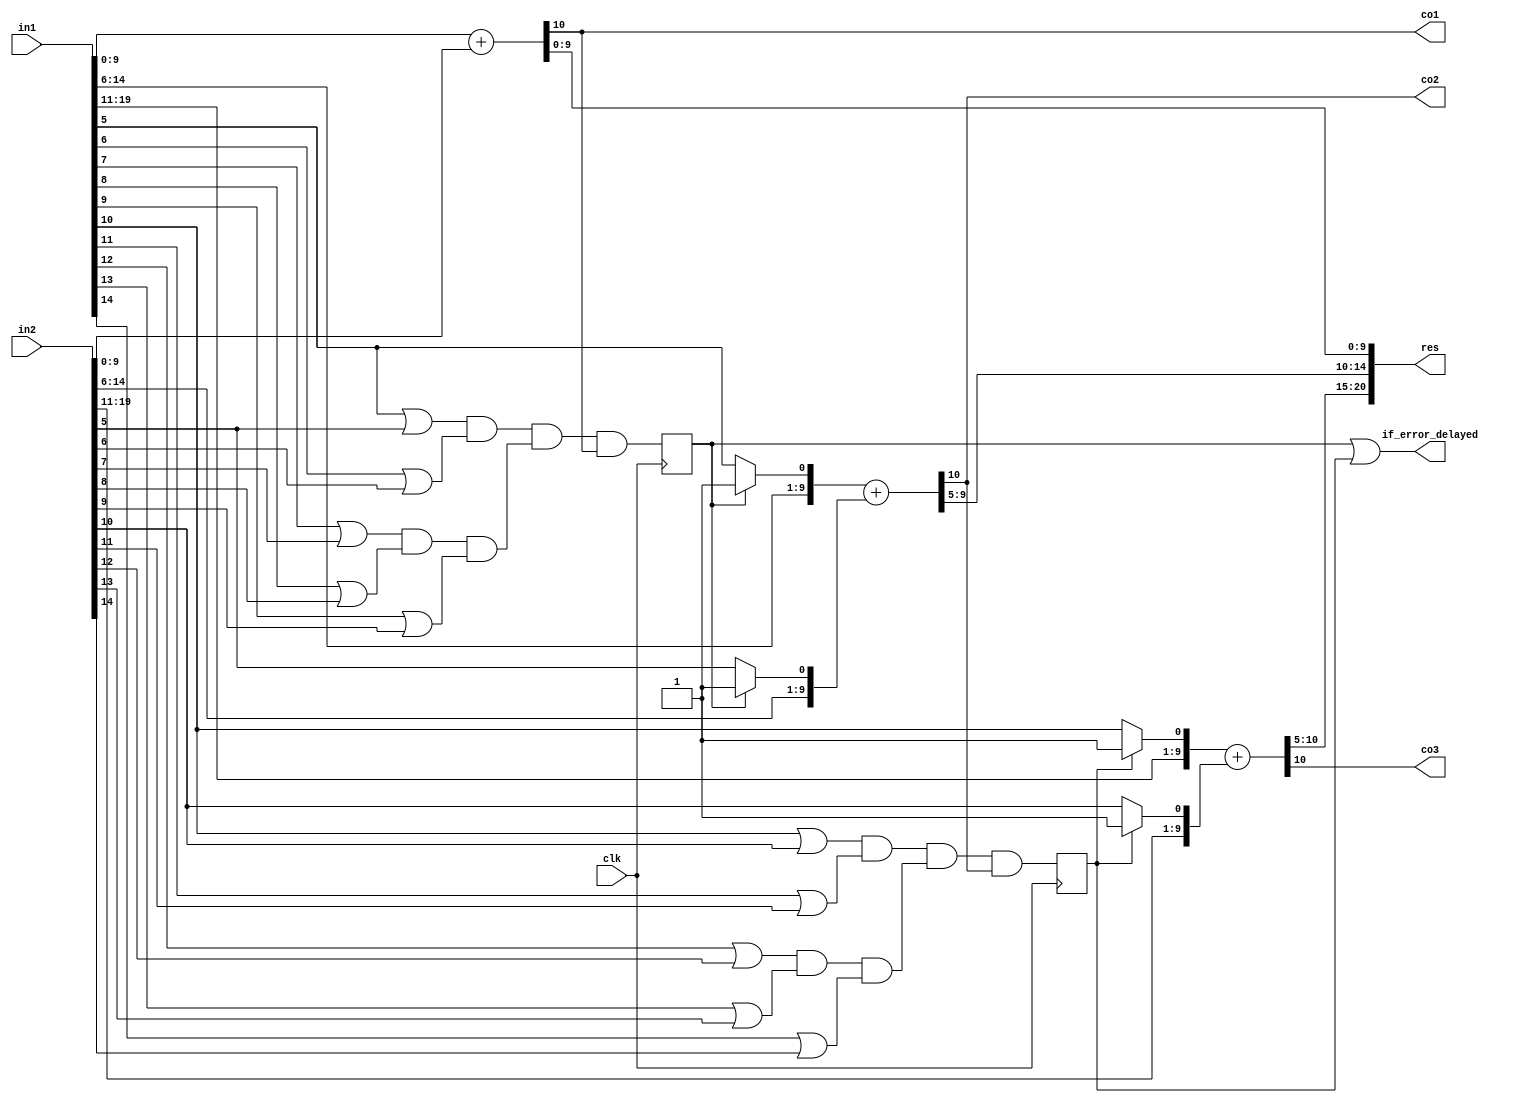
`timescale 1ns / 1ps
//////////////////////////////////////////////////////////////////////////////////
// Company: 
// Engineer: 
// 
// Create Date:    
// Design Name: 
// Module Name:    GeAr_N20_R5_P5_with_recovery 
// Project Name: 
// Target Devices: 
// Tool versions: 
// Description: 
//
// Dependencies: 
//
// Revision: 
// Revision 0.01 - File Created
// Additional Comments: 
//
//////////////////////////////////////////////////////////////////////////////////

module GeAr_N20_R5_P5_with_recovery(
	input 		       clk,
    input  		[19:0] in1,
    input  		[19:0] in2,
    output reg  [20:0] res,
	output  		   if_error_delayed,
	output reg		   co1,
	output reg		   co2,
	output reg		   co3
    );

reg if_error_delayed_1, if_error_delayed_2;
wire cp2,cp3,if_error,if_error_1,if_error_2;
wire p5,p6,p7,p8,p9,p5p6,p7p8,p7p8p9;
wire p10,p11,p12,p13,p14,p10p11,p12p13,p12p13p14;
reg [9:0] sum1,sum2,sum3;
wire [9:0] in1c,in2c,in1cc,in2cc;

or  or_1 (p5,in1[5],in2[5]);
or  or_2 (p6,in1[6],in2[6]);
or  or_3 (p7,in1[7],in2[7]);
or  or_4 (p8,in1[8],in2[8]);
or  or_5 (p9,in1[9],in2[9]);
and and_1(p5p6,p5,p6);
and and_2(p7p8,p7,p8);
and and_3(p7p8p9,p7p8,p9);
and and_4(cp2,p5p6,p7p8p9); 
and and_5(if_error_1,cp2,co1);

always @ (posedge clk)
begin
	if_error_delayed_1 <= if_error_1;
end

or  or_6 (p10,in1[10],in2[10]);
or  or_7 (p11,in1[11],in2[11]);
or  or_8 (p12,in1[12],in2[12]);
or  or_9 (p13,in1[13],in2[13]);
or  or_10 (p14,in1[14],in2[14]);
and and_6(p10p11,p10,p11);
and and_7(p12p13,p12,p13);
and and_8(p12p13p14,p12p13,p14);
and and_9(cp3,p10p11,p12p13p14); 
and and_10(if_error_2,cp3,co2);

always @ (posedge clk)
begin
	if_error_delayed_2 <= if_error_2;
end	

or  or_11 (if_error_delayed,if_error_delayed_1,if_error_delayed_2);

assign in1c[9:0]  = {in1[14:6],if_error_delayed_1?1'b1:in1[5]};
assign in2c[9:0]  = {in2[14:6],if_error_delayed_1?1'b1:in2[5]};

assign in1cc[9:0] = {in1[19:11],if_error_delayed_2?1'b1:in1[10]};
assign in2cc[9:0] = {in2[19:11],if_error_delayed_2?1'b1:in2[10]};

always @ (*)
begin
	{co1,sum1[9:0]} 	= in1[ 9:0] + in2[ 9:0];
	{co2,sum2[9:0]} 	= in1c[9:0] + in2c[9:0];
	{co3,sum3[9:0]} 	= in1cc[9:0] + in2cc[9:0];
	res[20:0] 			= {co3,sum3[9:5],sum2[9:5],sum1[9:0]};
end

endmodule